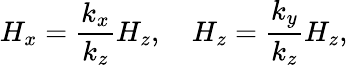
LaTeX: H_{x}=\frac{k_{x}}{k_{z}}H_{z},\quad H_{z}=\frac{k_{y}}{k_{z}}H_{z},